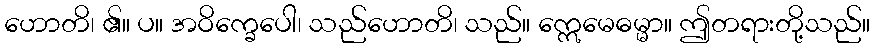
ဟောတိ၊ ၏။ ပ။ အဝိက္ခေပေါ၊ သည်ဟောတိ၊ သည်။ ဣေမေဓမ္မာ။ ဤတရားတို့သည်။